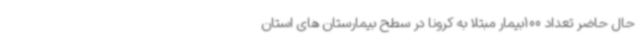
حال حاضر تعداد 100بیمار مبتلا به کرونا در سطح بیمارستان های استان